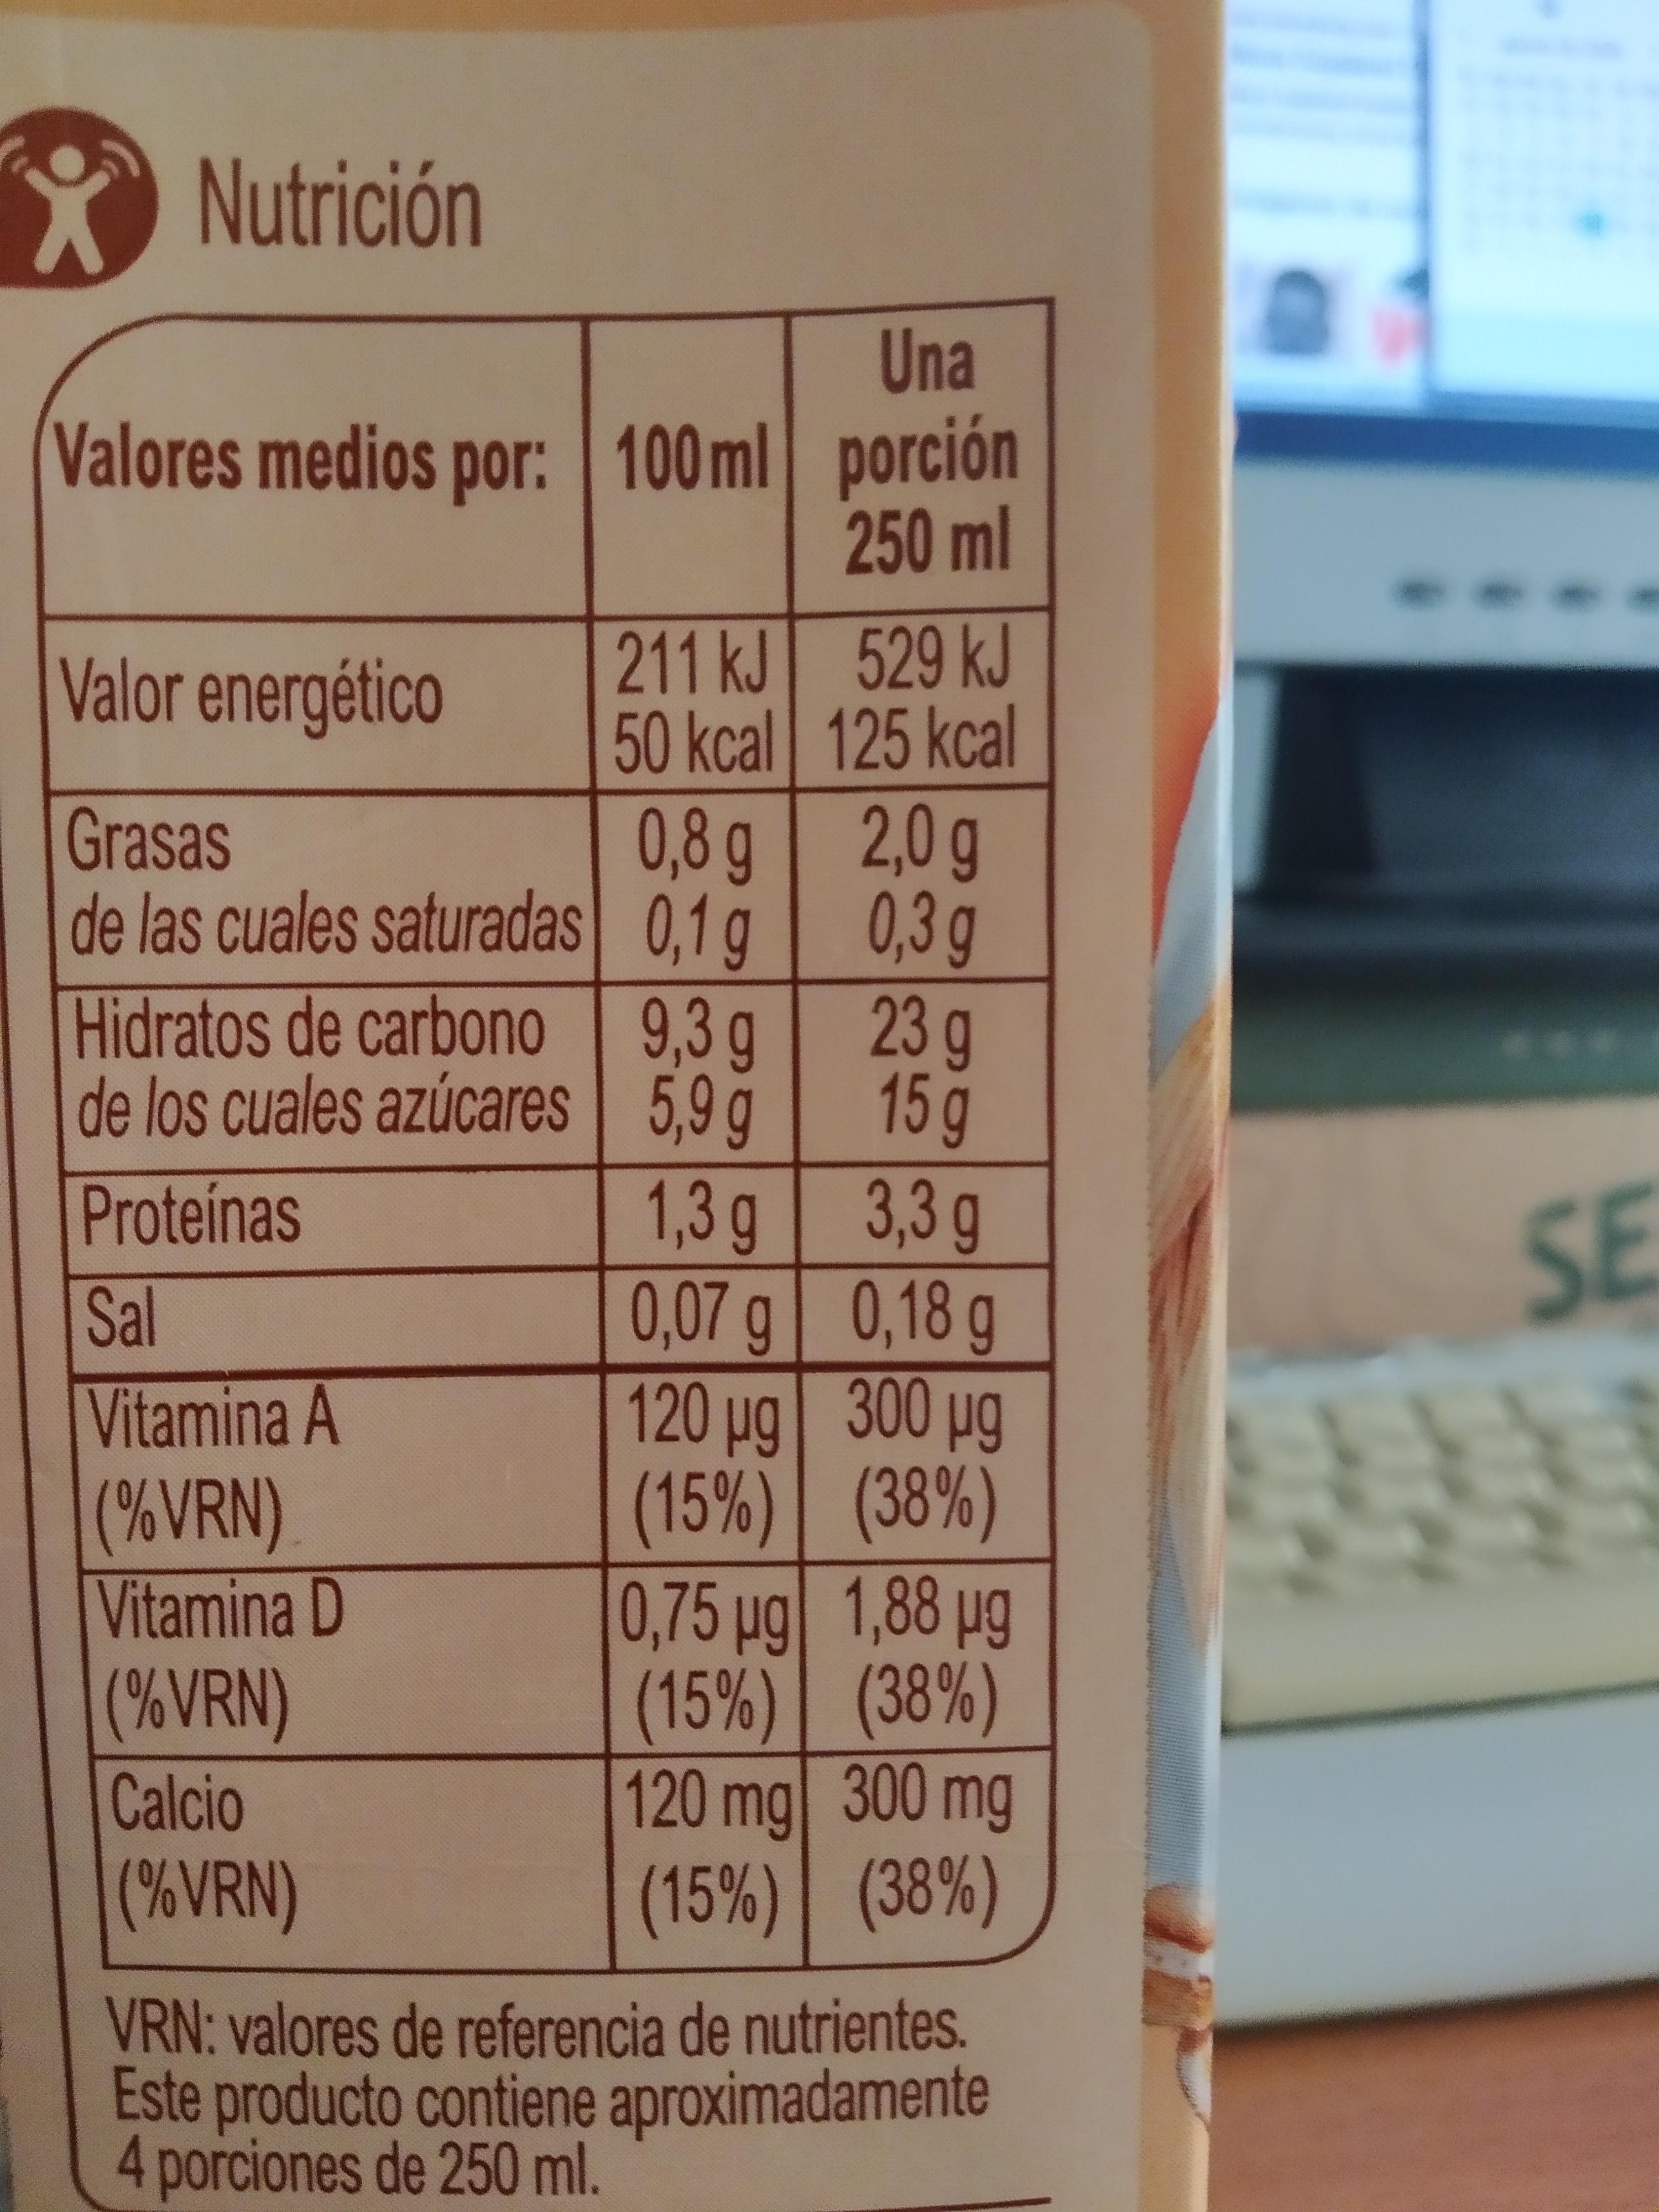
Nutrición
Una Valores medios por: 100 ml porción 250 ml
211 kJ 50kcal
529 kJ 125kcal
Valor energético
0,8 g 2,0 g de las cuales saturadas 0,1 g 0,3g
Grasas
Hidratos de carbono 9,3 g
23g
de los cuales azúcares 5,9 g
15g 1,3 g 3,3 g 0,07g 0,18 g 120 ug 300 pg (15%) (38%) 0,75 µg 1,88 ug (15%) (38%) 120mg 300 mg (15%) (38%)
Proteínas
SE
Sal
Vitamina A (%VRN) Vitamina D (%VRN)
Calcio
(%VRN)
VRN: valores de referencia de nutrientes. Este producto contiene aproximadamente 4porciones de 250 ml.